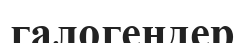
галогендер